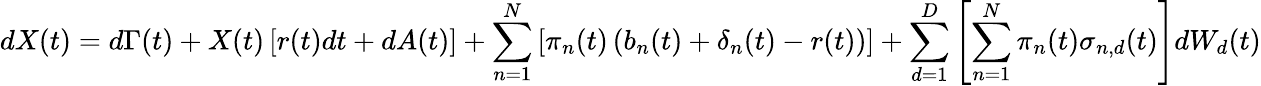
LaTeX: dX(t)=d\Gamma(t)+X(t)\left[r(t)dt+dA(t)\right]+\sum_{n=1}^{N}\left[\pi_{n}(t)\left(b_{n}(t)+\delta_{n}(t)-r(t)\right)\right]+\sum_{d=1}^{D}\left[\sum_{n=1}^{N}\pi_{n}(t)\sigma_{n,d}(t)\right]dW_{d}(t)